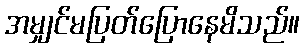
အမျှင်မပြတ်ပြောနေမိသည်။